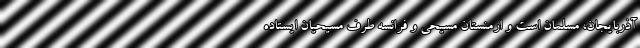
آذربایجان، مسلمان است و ارمنستان مسیحی و فرانسه طرف مسیحیان ایستاده